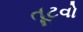
તૂટવો